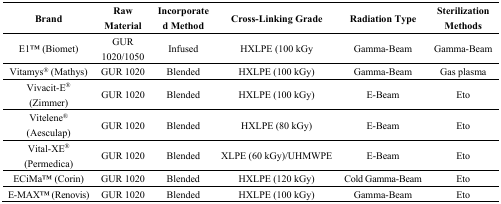
| Brand | Raw Material | Incorporated Method | Cross-Linking Grade | Radiation Type | Sterilization Methods |
 | --- | --- | --- | --- | --- | --- |
 | E1TM (Biomet) | GUR 1020/1050 | Infused | HXLPE (100 kGy | Gamma-Beam | Gamma-Beam |
 | Vitamys® (Mathys) | GUR 1020 | Blended | HXLPE (100 kGy) | Gamma-Beam | Gas plasma |
 | Vivacit-E® (Zimmer) | GUR 1020 | Blended | HXLPE (100 kGy) | E-Beam | Eto |
 | Vitelene® (Aesculap) | GUR 1020 | Blended | HXLPE (80 kGy) | E-Beam | Eto |
 | Vital-XE® (Permedica) | GUR 1020 | Blended | XLPE (60 kGy)/UHMWPE | E-Beam | Eto |
 | ECiMaTM (Corin) | GUR 1020 | Blended | HXLPE (120 kGy) | Cold Gamma-Beam | Eto |
 | E-MAXTM (Renovis) | GUR 1020 | Blended | HXLPE (100 kGy) | Gamma-Beam | Eto |